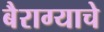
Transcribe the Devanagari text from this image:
बैराग्याचे